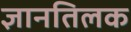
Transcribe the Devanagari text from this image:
ज्ञानतिलक